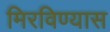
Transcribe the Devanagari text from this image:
मिरविण्यास